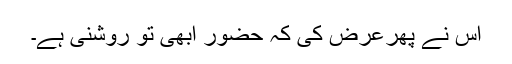
اس نے پھرعرض کی کہ حضورؐ ابھی تو روشنی ہے۔